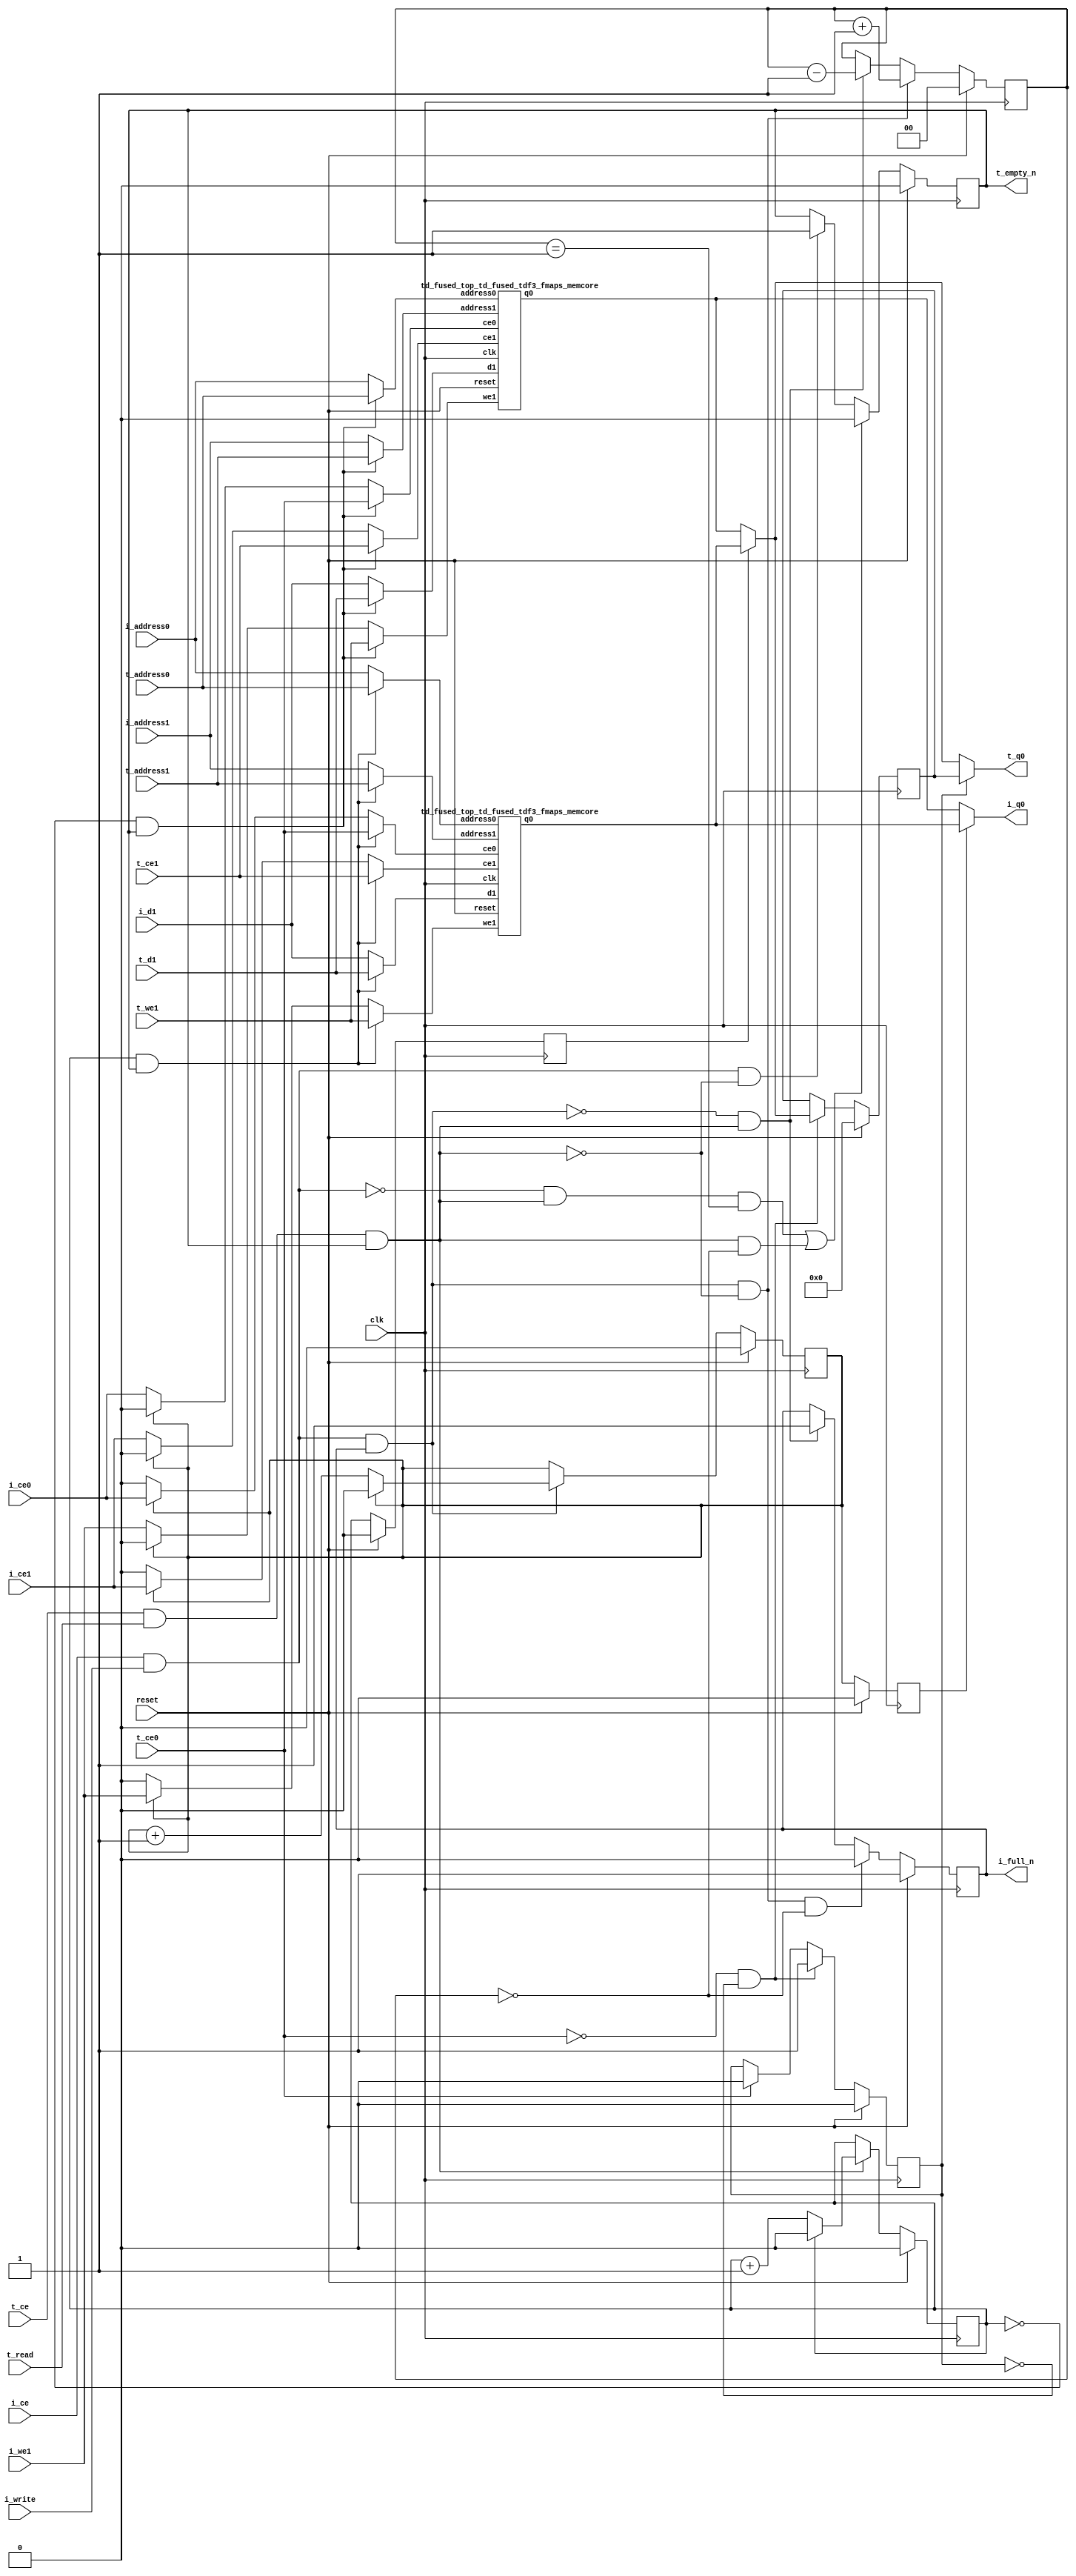
`define EXPONENT 5
`define MANTISSA 10
`define ACTUAL_MANTISSA 11
`define EXPONENT_LSB 10
`define EXPONENT_MSB 14
`define MANTISSA_LSB 0
`define MANTISSA_MSB 9
`define MANTISSA_MUL_SPLIT_LSB 3
`define MANTISSA_MUL_SPLIT_MSB 9
`define SIGN 1
`define SIGN_LOC 15
`define DWIDTH (`SIGN+`EXPONENT+`MANTISSA)
`define IEEE_COMPLIANCE 1

module td_fused_top_td_fused_tdf3_fmaps
#(parameter
    DataWidth    = 64,
    AddressRange = 32,
    AddressWidth = 15,
    BufferCount  = 2,
    MemLatency   = 1,
    IndexWidth   = 1
) (
    // system signals
    input  wire                    clk,
    input  wire                    reset,
    // initiator
    input  wire                    i_ce,
    input  wire                    i_write,
    output wire                    i_full_n,
    input  wire                    i_ce0,
    input  wire [AddressWidth-1:0] i_address0,
    output wire [DataWidth-1:0]    i_q0,
    input  wire                    i_ce1,
    input  wire                    i_we1,
    input  wire [AddressWidth-1:0] i_address1,
    input  wire [DataWidth-1:0]    i_d1,
    // target
    input  wire                    t_ce,
    input  wire                    t_read,
    output wire                    t_empty_n,
    input  wire                    t_ce0,
    input  wire [AddressWidth-1:0] t_address0,
    output wire [DataWidth-1:0]    t_q0,
    input  wire                    t_ce1,
    input  wire                    t_we1,
    input  wire [AddressWidth-1:0] t_address1,
    input  wire [DataWidth-1:0]    t_d1
);
//------------------------Local signal-------------------
// control/status
reg  [IndexWidth-1:0]   iptr    = 1'b0; // initiator index
reg  [IndexWidth-1:0]   tptr    = 1'b0; // target index
reg  [IndexWidth-1:0]   prev_iptr    = 1'b0; // previous initiator index
reg  [IndexWidth-1:0]   prev_tptr    = 1'b0; // previous target index
reg  [DataWidth-1:0]    reg_q0      = 1'b0; // buffer used if reader is stalled
reg                     reg_valid0    = 1'b0; // buffer has valid data
reg  [DataWidth-1:0]    reg_q1      = 1'b0; // buffer used if reader is stalled
reg                     reg_valid1    = 1'b0; // buffer has valid data
reg  [IndexWidth:0]     count   = 1'b0; // count of written buffers
reg                     full_n  = 1'b1; // whether all buffers are written
reg                     empty_n = 1'b0; // whether none of the buffers is written
wire                    push_buf;       // finish writing a buffer
wire                    write_buf;      // write a buffer
wire                    pop_buf;        // finish reading a buffer
// buffer signals
wire [BufferCount-1:0] buf_ce0;
wire [AddressWidth-1:0] buf_a0_0, buf_a0_1;
wire [DataWidth-1:0] buf_q0_0, buf_q0_1;
wire [BufferCount-1:0] buf_ce1;
wire [BufferCount-1:0] buf_we1;
wire [AddressWidth-1:0] buf_a1_0, buf_a1_1;
wire [DataWidth-1:0] buf_d1_0, buf_d1_1;
//------------------------Instantiation------------------
//genvar i;
        td_fused_top_td_fused_tdf3_fmaps_memcore td_fused_top_td_fused_tdf3_fmaps_memcore_U_0 (
            .reset    ( reset ),
            .clk      ( clk ),
            .address0 ( buf_a0_0 ),
            .ce0      ( buf_ce0[ 0 ] ),
            .q0       ( buf_q0_0 ),
            .address1 ( buf_a1_0 ),
            .ce1      ( buf_ce1[ 0 ] ),
            .we1      ( buf_we1[ 0 ] ),
            .d1       ( buf_d1_0 )
        );
        td_fused_top_td_fused_tdf3_fmaps_memcore td_fused_top_td_fused_tdf3_fmaps_memcore_U_1 (
            .reset    ( reset ),
            .clk      ( clk ),
            .address0 ( buf_a0_1 ),
            .ce0      ( buf_ce0[ 1 ] ),
            .q0       ( buf_q0_1 ),
            .address1 ( buf_a1_1 ),
            .ce1      ( buf_ce1[ 1 ] ),
            .we1      ( buf_we1[ 1 ] ),
            .d1       ( buf_d1_1 )
        );

//++++++++++++++++++++++++buffer signals+++++++++++++++++
        assign buf_ce0[ 0 ] = (tptr ==  0  && empty_n) ? t_ce0
                             : (iptr ==  0 ) ? i_ce0 : 1'b0;
        assign buf_a0_0  = (tptr ==  0  && empty_n) ?  t_address0 : i_address0;
        assign buf_ce1[ 0 ] = (tptr ==  0  && empty_n) ? t_ce1
                             : (iptr ==  0 ) ? i_ce1 : 1'b0;
        assign buf_a1_0  = (tptr ==  0  && empty_n) ?  t_address1 : i_address1;
        assign buf_we1[ 0 ] = (tptr ==  0  && empty_n)  ? t_we1
                             : (iptr ==  0 ) ? i_we1 : 1'b0;
        assign buf_d1_0  = (tptr ==  0  && empty_n) ? t_d1       : i_d1;
        assign buf_ce0[ 1 ] = (tptr ==  1  && empty_n) ? t_ce0
                             : (iptr ==  1 ) ? i_ce0 : 1'b0;
        assign buf_a0_1  = (tptr ==  1  && empty_n) ?  t_address0 : i_address0;
        assign buf_ce1[ 1 ] = (tptr ==  1  && empty_n) ? t_ce1
                             : (iptr ==  1 ) ? i_ce1 : 1'b0;
        assign buf_a1_1  = (tptr ==  1  && empty_n) ?  t_address1 : i_address1;
        assign buf_we1[ 1 ] = (tptr ==  1  && empty_n)  ? t_we1
                             : (iptr ==  1 ) ? i_we1 : 1'b0;
        assign buf_d1_1  = (tptr ==  1  && empty_n) ? t_d1       : i_d1;
//+++++++++++++++++++++++++++++++++++++++++++++++++++++++

//------------------------Body---------------------------
assign i_q0      = (prev_iptr == 1'b1 ? buf_q0_1 : buf_q0_0);
assign t_q0      = reg_valid0 ? reg_q0 : (prev_tptr == 1'b1 ? buf_q0_1 : buf_q0_0);

//++++++++++++++++++++++++output+++++++++++++++++++++++++
assign i_full_n  = full_n;
assign t_empty_n = empty_n;
//+++++++++++++++++++++++++++++++++++++++++++++++++++++++

//++++++++++++++++++++++++control/status+++++++++++++++++
assign push_buf = i_ce & i_write & full_n;
assign write_buf = i_ce & i_write;
assign pop_buf  = t_ce & t_read & empty_n;

// iptr
always @(posedge clk) begin
    if (reset == 1'b1)
        iptr <= 1'b0;
    else if (push_buf) begin
        if (iptr == BufferCount - 1'b1)
            iptr <= 1'b0;
        else
            iptr <= iptr + 1'b1;
    end
end

// tptr
always @(posedge clk) begin
    if (reset == 1'b1)
        tptr <= 1'b0;
    else if (pop_buf) begin
        if (tptr == BufferCount - 1'b1)
            tptr <= 1'b0;
        else
            tptr <= tptr + 1'b1;
    end
end

// prev_iptr
always @(posedge clk) begin
    if (reset == 1'b1)
        prev_iptr <= 1'b0;
    else begin
        prev_iptr <= iptr;
    end
end

// prev_tptr
always @(posedge clk) begin
    if (reset == 1'b1)
        prev_tptr <= 1'b0;
    else begin
        prev_tptr <= tptr;
    end
end

// reg_q0 and reg_valid0
always @(posedge clk) begin
    if (reset == 1'b1) begin
        reg_q0     <= 1'b0;
        reg_valid0 <= 1'b0;
    end else if (!t_ce0 && !reg_valid0) begin
        reg_q0     <= (prev_tptr == 1'b1 ? buf_q0_1 : buf_q0_0);
        reg_valid0 <= 1'b1;
    end else if (t_ce0) begin
        reg_valid0 <= 1'b0;
    end
end

// count
always @(posedge clk) begin
    if (reset == 1'b1)
        count <= 1'b0;
    else if (push_buf && !pop_buf)
        count <= count + 1'b1;
    else if (!push_buf && pop_buf)
        count <= count - 1'b1;
end

// full_n
always @(posedge clk) begin
    if (reset == 1'b1)
        full_n <= 1'b1;
    else if (push_buf && !pop_buf && count == BufferCount - 2'd2)
        full_n <= 1'b0;
    else if (!push_buf && pop_buf)
        full_n <= 1'b1;
end

// empty_n
always @(posedge clk) begin
    if (reset == 1'b1)
        empty_n <= 1'b0;
    else if ((!write_buf && pop_buf && count == 1'b1)
             || (pop_buf && count == 1'b0))
        empty_n <= 1'b0;
    else if (write_buf && !pop_buf)
        empty_n <= 1'b1;
end
//+++++++++++++++++++++++++++++++++++++++++++++++++++++++

endmodule
module td_fused_top_td_fused_tdf3_fmaps_memcore(
    reset,
    clk,
    address0,
    ce0,
    q0,
    address1,
    ce1,
    we1,
    d1);

parameter DataWidth = 32'd64;
parameter AddressRange = 32'd25088;
parameter AddressWidth = 32'd15;
input reset;
input clk;
input[AddressWidth - 1:0] address0;
input ce0;
output[DataWidth - 1:0] q0;
input[AddressWidth - 1:0] address1;
input ce1;
input we1;
input[DataWidth - 1:0] d1;



td_fused_top_td_fused_tdf3_fmaps_memcore_ram td_fused_top_td_fused_tdf3_fmaps_memcore_ram_U(
    .clk( clk ),
    .addr0( address0 ),
    .ce0( ce0 ),
    .q0( q0 ),
    .addr1( address1 ),
    .ce1( ce1 ),
    .we1( we1 ),
    .d1( d1 )
);

endmodule
module td_fused_top_td_fused_tdf3_fmaps_memcore_ram (addr0, ce0, q0, addr1, ce1, d1, we1,  clk);

parameter DWIDTH = 64;
parameter AWIDTH = 15;
parameter MEM_SIZE = 25088;

input[AWIDTH-1:0] addr0;
input ce0;
output reg[DWIDTH-1:0] q0;
input[AWIDTH-1:0] addr1;
input ce1;
input[DWIDTH-1:0] d1;
input we1;
input clk;

 reg [DWIDTH-1:0] ram[MEM_SIZE-1:0];




always @(posedge clk)  
begin 
    if (ce0) begin
        q0 <= ram[addr0];
    end
end


always @(posedge clk)  
begin 
    if (ce1) begin
        if (we1) 
            ram[addr1] <= d1; 
    end
end


endmodule